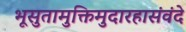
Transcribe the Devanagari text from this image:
भूसुतामुक्तिमुदारहासंवंदे